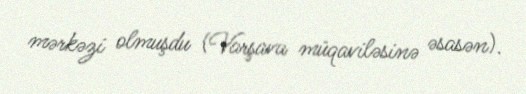
mərkəzi olmuşdu (Varşava müqaviləsinə əsasən).